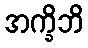
အက္ခိဘိ